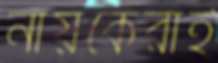
নায়কেরাই